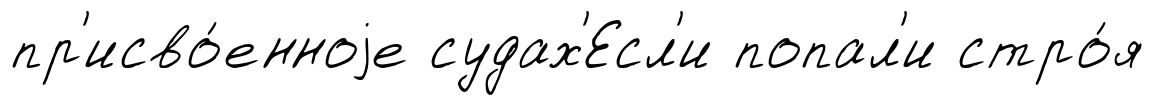
пр'исво́енноjе судах'Есл'и попал'и стро́я